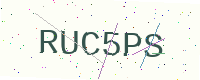
Text: RUC5PS